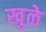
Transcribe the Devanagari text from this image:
खुळे